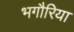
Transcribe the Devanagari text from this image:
भगौरिया